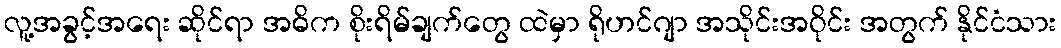
လူ့အခွင့်အရေး ဆိုင်ရာ အဓိက စိုးရိမ်ချက်တွေ ထဲမှာ ရိုဟင်ဂျာ အသိုင်းအဝိုင်း အတွက် နိုင်ငံသား